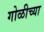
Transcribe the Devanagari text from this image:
गोळीच्या